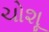
ચોશૂ